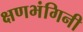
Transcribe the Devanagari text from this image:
क्षणभंगिनी